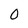
Character: 0